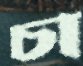
চা